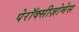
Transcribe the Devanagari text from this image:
पेरॉक्सीज़ोमेस